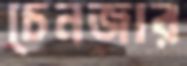
চেনজার